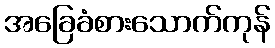
အခြေခံစားသောက်ကုန်